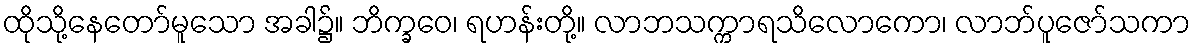
ထိုသို့နေတော်မူသော အခါ၌။ ဘိက္ခဝေ၊ ရဟန်းတို့။ လာဘသက္ကာရသိလောကော၊ လာဘ်ပူဇော်သကာ